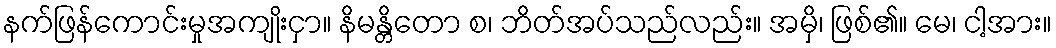
နက်ဖြန်ကောင်းမှုအကျိုးငှာ။ နိမန္တိတော စ၊ ဘိတ်အပ်သည်လည်း။ အမှိ၊ ဖြစ်၏။ မေ၊ ငါ့အား။